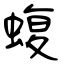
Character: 蝮